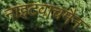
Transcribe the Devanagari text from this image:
नाइटवाचमैन